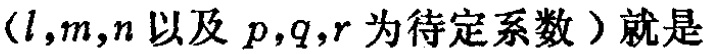
（\(l,m,n\)以及 \(p,q,r\)为待定系数）就是